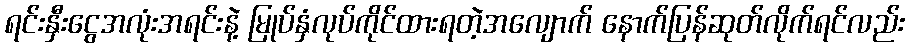
ရင်းနှီးငွေအလုံးအရင်းနဲ့ မြုပ်နှံလုပ်ကိုင်ထားရတဲ့အလျောက် နောက်ပြန်ဆုတ်လိုက်ရင်လည်း